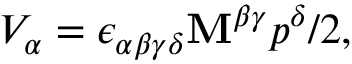
V _ { \alpha } = \epsilon _ { \alpha \beta \gamma \delta } \mathbf { M } ^ { \beta \gamma } p ^ { \delta } / 2 ,